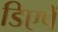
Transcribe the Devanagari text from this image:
डिएपें